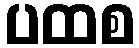
ပထစ